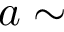
a \sim